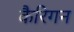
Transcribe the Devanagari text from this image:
कैरिगन